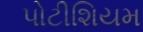
પોટીશિયમ